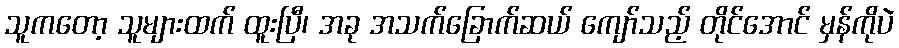
သူကတော့ သူများထက် ထူးပြီ၊ အခု အသက်ခြောက်ဆယ် ကျော်သည့် တိုင်အောင် မှန်ကိုပဲ